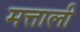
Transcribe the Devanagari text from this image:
मत्ताली